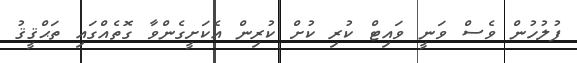
ފުލުހުން ވެސް ވަނީ ވައިޓް ކުރި ކުށް ކުރިން އެކަށީގެންވާ ގޮތެއްގައި ތަޙްޤީޤު